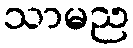
သာမည